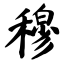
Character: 穆